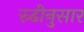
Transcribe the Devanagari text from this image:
रुढीनुसार